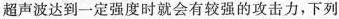
超声波达到一定强度时就会有较强的攻击力，下列